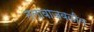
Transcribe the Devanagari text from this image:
तलावाजवळील